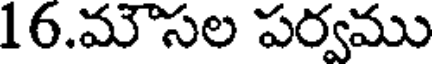
16.మౌసల పర్వము